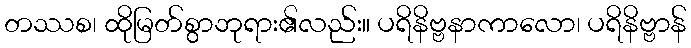
တဿစ၊ ထိုမြတ်စွာဘုရား၏လည်း။ ပရိနိဗ္ဗနာကာလော၊ ပရိနိဗ္ဗာန်